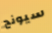
سيونج